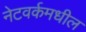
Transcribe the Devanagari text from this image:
नेटवर्कमधील